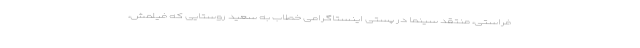
فراستی، منتقد سینما در پستی اینستاگرامی خطاب به سعید روستایی که فیلمش،